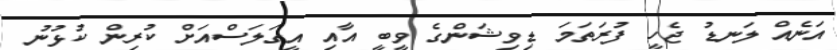
އަނެއް ލަނޑު ޖެހީ ފުރަތަމަ ޑިވިޝަންގެ ވީބީ އާއި އީގަލަސްއަށް ކުރިން ކުޅުނު